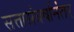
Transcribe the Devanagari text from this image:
सत्तासंघर्षानंतर